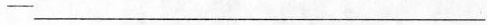
—___